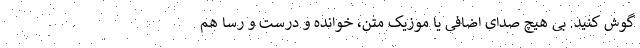
گوش کنید. بی هیچ صدای اضافی یا موزیک متن، خوانده و درست و رسا هم